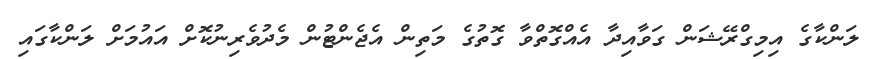
ލަންކާގެ އިމިގްރޭޝަން ގަވާއިދާ އެއްގޮތްވާ ގޮތުގެ މަތިން އެޖެންޓުން މެދުވެރިނުކޮށް އައުމަށް ލަންކާގައި